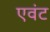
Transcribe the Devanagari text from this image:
एवंट